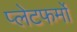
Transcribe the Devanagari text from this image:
प्‍लेटफर्मों